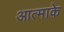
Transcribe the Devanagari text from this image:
आत्माके